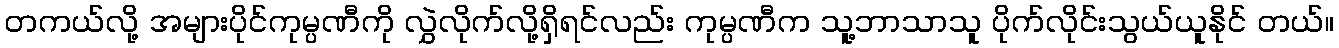
တကယ်လို့ အများပိုင်ကုမ္ပဏီကို လွှဲလိုက်လို့ရှိရင်လည်း ကုမ္ပဏီက သူ့ဘာသာသူ ပိုက်လိုင်းသွယ်ယူနိုင် တယ်။